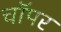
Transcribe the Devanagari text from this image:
चाॅपर